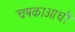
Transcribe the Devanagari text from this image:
चषकाआधी